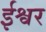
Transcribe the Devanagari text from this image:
र्इश्वर